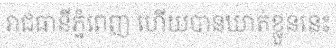
រាជធានីភ្នំពេញ ហើយបានឃាត់ខ្លួននេះ